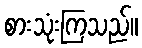
စားသုံးကြသည်။